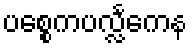
ပစ္စေကပလ္လင်္ကေန